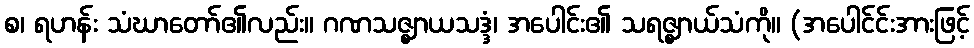
စ၊ ရဟန်း သံဃာတော်၏လည်း။ ဂဏသဇ္ဈာယသဒ္ဒံ၊ အပေါင်း၏ သရဇ္ဈာယ်သံကို။ (အပေါင်င်းအားဖြင့်